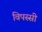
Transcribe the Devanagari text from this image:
विपस्सी